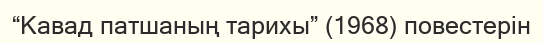
“Кавад патшаның тарихы” (1968) повестерін